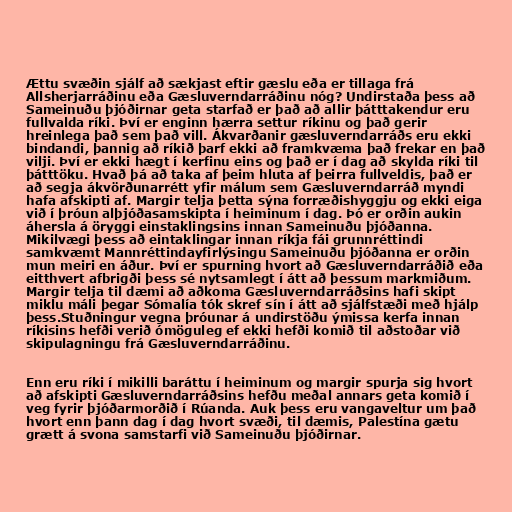
Ættu svæðin sjálf að sækjast eftir gæslu eða er tillaga frá
Allsherjarráðinu eða Gæsluverndarráðinu nóg? Undirstaða þess að
Sameinuðu þjóðirnar geta starfað er það að allir þátttakendur eru
fullvalda ríki. Því er enginn hærra settur ríkinu og það gerir
hreinlega það sem það vill. Ákvarðanir gæsluverndarráðs eru ekki
bindandi, þannig að ríkið þarf ekki að framkvæma það frekar en það
vilji. Því er ekki hægt í kerfinu eins og það er í dag að skylda ríki til
þátttöku. Hvað þá að taka af þeim hluta af þeirra fullveldis, það er
að segja ákvörðunarrétt yfir málum sem Gæsluverndarráð myndi
hafa afskipti af. Margir telja þetta sýna forræðishyggju og ekki eiga
við í þróun alþjóðasamskipta í heiminum í dag. Þó er orðin aukin
áhersla á öryggi einstaklingsins innan Sameinuðu þjóðanna.
Mikilvægi þess að eintaklingar innan ríkja fái grunnréttindi
samkvæmt Mannréttindayfirlýsingu Sameinuðu þjóðanna er orðin
mun meiri en áður. Því er spurning hvort að Gæsluverndarráðið eða
eitthvert afbrigði þess sé nytsamlegt í átt að þessum markmiðum.
Margir telja til dæmi að aðkoma Gæsluverndarráðsins hafi skipt
miklu máli þegar Sómalía tók skref sín í átt að sjálfstæði með hjálp
þess.Stuðningur vegna þróunar á undirstöðu ýmissa kerfa innan
ríkisins hefði verið ómöguleg ef ekki hefði komið til aðstoðar við
skipulagningu frá Gæsluverndarráðinu.

Enn eru ríki í mikilli baráttu í heiminum og margir spurja sig hvort
að afskipti Gæsluverndarráðsins hefðu meðal annars geta komið í
veg fyrir þjóðarmorðið í Rúanda. Auk þess eru vangaveltur um það
hvort enn þann dag í dag hvort svæði, til dæmis, Palestína gætu
grætt á svona samstarfi við Sameinuðu þjóðirnar.